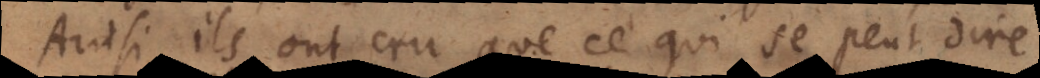
Ainsi ils ont cru que ce qui se peut dire